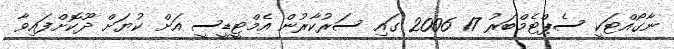
ނާގޯއްޓަކީ ސެޕްޓެމްބަރު 17 2006 ގައި ސަރުކާރުން އެމްޓީޑީސީ އަށް ކުޔަށް ދޫކޮށްފައިވާ